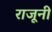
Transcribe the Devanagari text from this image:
राजूनी